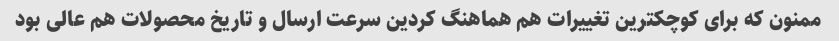
ممنون که برای کوچکترین تغییرات هم هماهنگ کردین سرعت ارسال و تاریخ محصولات هم عالی بود